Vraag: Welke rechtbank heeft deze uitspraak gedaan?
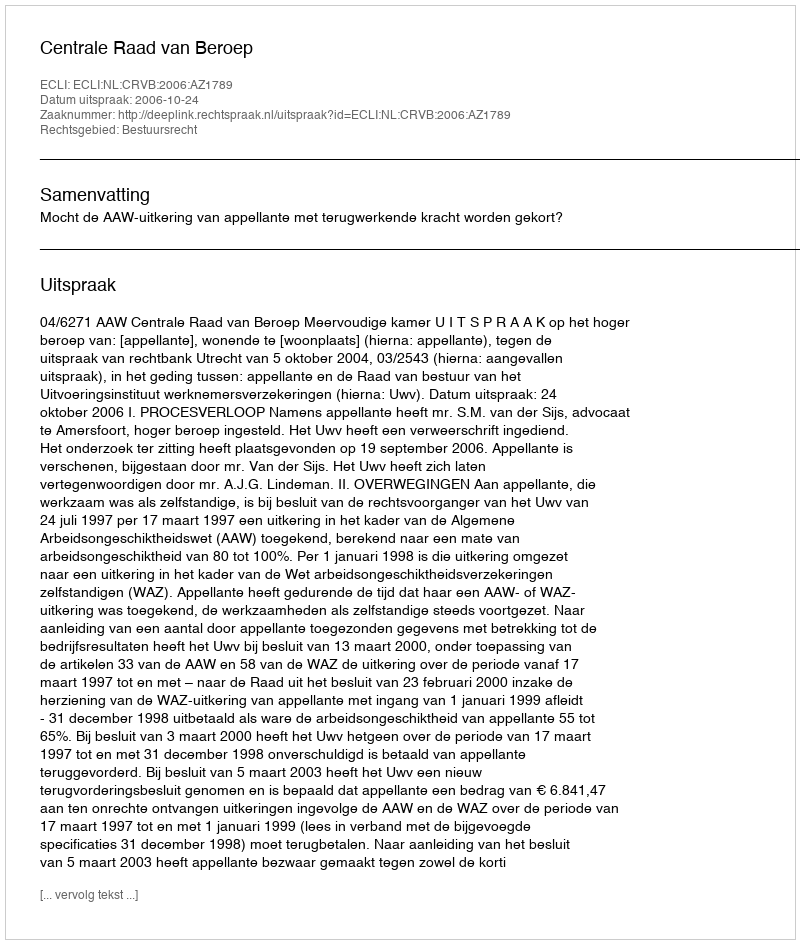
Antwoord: Centrale Raad van Beroep